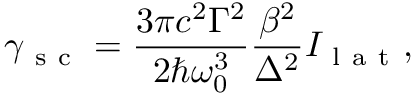
\gamma _ { \mathrm { ~ s ~ c ~ } } = \frac { 3 \pi c ^ { 2 } \Gamma ^ { 2 } } { 2 \hbar \omega _ { 0 } ^ { 3 } } \frac { \beta ^ { 2 } } { \Delta ^ { 2 } } I _ { \mathrm { ~ l ~ a ~ t ~ } } ,